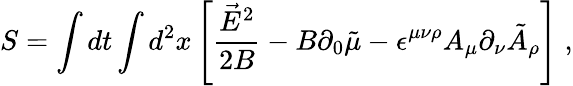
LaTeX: S=\int dt\int d^{2}x\left[\frac{\vec{E}^{2}}{2B}-B\partial_{0}\tilde{\mu}-\epsilon^{\mu\nu\rho}A_{\mu}\partial_{\nu}\tilde{A}_{\rho}\right]\; ,